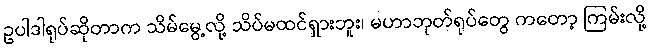
ဥပါဒါရုပ်ဆိုတာက သိမ်မွေ့လို့ သိပ်မထင်ရှားဘူး၊ မဟာဘုတ်ရုပ်တွေ ကတော့ ကြမ်းလို့